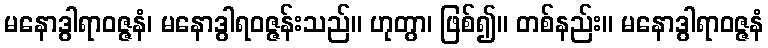
မနောဒွါရာဝဇ္ဇနံ၊ မနောဒွါရဝဇ္ဇန်းသည်။ ဟုတွာ၊ ဖြစ်၍။ တစ်နည်း။ မနောဒွါရာဝဇ္ဇနံ